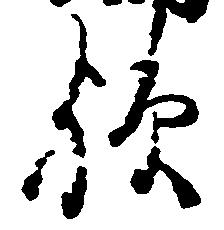
歟